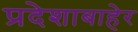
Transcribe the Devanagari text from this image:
प्रदेशाबाहेर